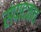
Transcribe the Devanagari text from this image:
संपादकच